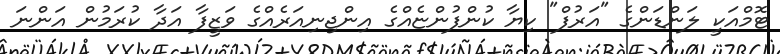
ޓޮމްއަކީ ލަންޑަންގެ "އަރުފް" ކިޔާ ކުންފުންޏެއްގެ އިންޖިނިއަރެއްގެ ވަޒީފާ އަދާ ކުރަމުން އަންނަ